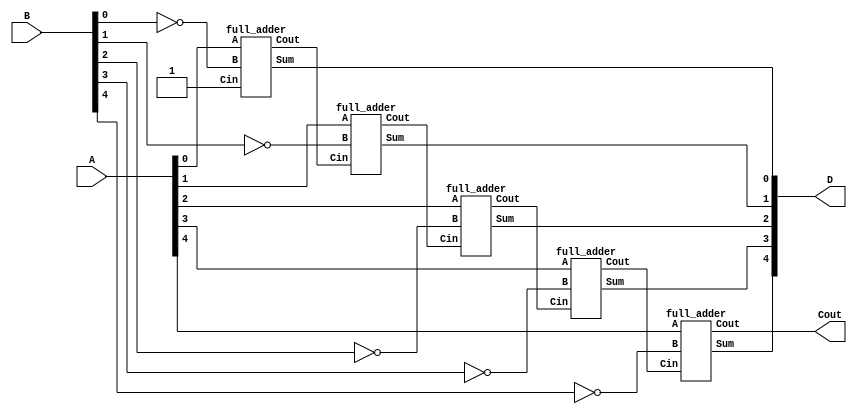
module five_bit_substracter(A,B,D,Cout);
  input [4:0]A;
  input  [4:0]B;
  output [4:0]D;
  output Cout;
    wire w0,w1,w2,w3,w4,w5;
    wire c0,c1,c2,c3,c4,c5;
  xor x0(w0,B[0],1'b1);
    xor x1(w1,B[1],1);
    xor x2(w2,B[2],1);
    xor x3(w3,B[3],1);
    xor x4(w4,B[4],1);
  full_adder fa0(A[0],w0, 1'b1,D[0],c0);
    full_adder fa1(A[1],w1,c0,D[1],c1);
    full_adder fa2(A[2],w2,c1,D[2],c2);
    full_adder fa3(A[3],w3,c2,D[3],c3);
  full_adder fa4(A[4],w4,c3,D[4],Cout);
    
endmodule

module full_adder(A,B,Cin,Sum,Cout);
  input A,B,Cin;
  output Sum,Cout;
  wire w1,w2,w3;
  xor sum(Sum,A,B,Cin);
  and a1(w1,A,B);
  and a2(w2,B,Cin);
  and a3(w3,A,Cin);
  or o1(Cout,w1,w2,w3);
endmodule